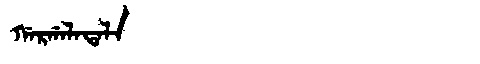
Manchu: ᡤᠠᡵᡤᠠᠯᠠᡨᠠᠯᠠ
Romanization: GARGALATALA